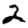
Digit: 2